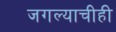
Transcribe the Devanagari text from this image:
जगल्याचीही